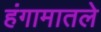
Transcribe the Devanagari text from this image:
हंगामातले